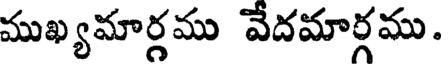
ముఖ్యమార్గము వేదమార్గము.